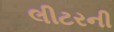
લીટરની